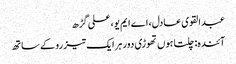
عبدالقوی عادل، اے ایم یو، علی گڑھ
آئندہ: چلتا ہوں تھوڑی دور ہر ایک تیز رو کے ساتھ